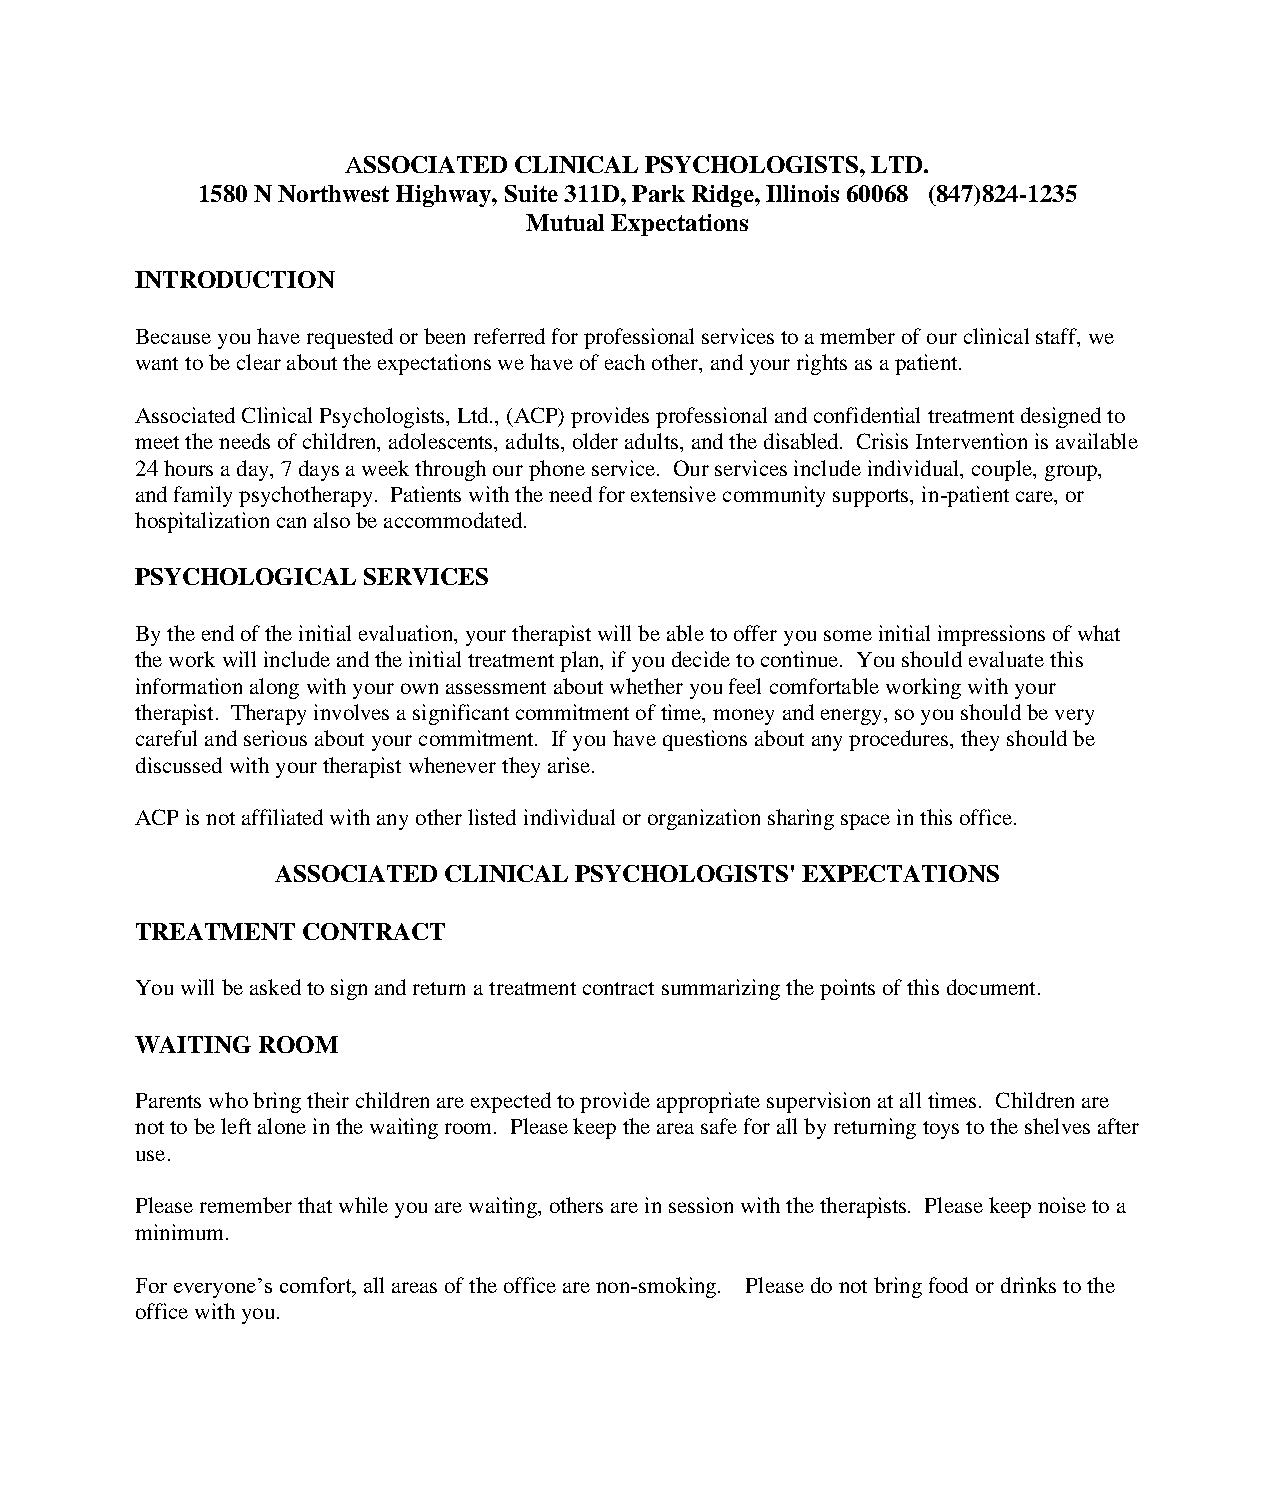
ASSOCIATED CLINICAL PSYCHOLOGISTS, LTD.
 1580 N Northwest Highway, Suite 311D, Park Ridge, Illinois 60068 (847)824-1235
 Mutual Expectations
 INTRODUCTION
 Because you have requested or been referred for professional services to a member of our clinical staff, we
 want to be clear about the expectations we have of each other, and your rights as a patient.
 Associated Clinical Psychologists, Ltd., (ACP) provides professional and confidential treatment designed to
 meet the needs of children, adolescents, adults, older adults, and the disabled. Crisis Intervention is available
 24 hours a day, 7 days a week through our phone service. Our services include individual, couple, group,
 and family psychotherapy. Patients with the need for extensive community supports, in-patient care, or
 hospitalization can also be accommodated.
 PSYCHOLOGICAL  SERVICES
 By the end of the initial evaluation, your therapist will be able to offer you some initial impressions of what
 the work will include and the initial treatment plan, if you decide to continue. You should evaluate this
 information along with your own assessment about whether you feel comfortable working with your
 therapist. Therapy involves a significant commitment of time, money and energy, so you should be very
 careful and serious about your commitment. If you have questions about any procedures, they should be
 discussed with your therapist whenever they arise.
 ACP is not affiliated with any other listed individual or organization sharing space in this office.
 ASSOCIATED CLINICAL PSYCHOLOGISTS' EXPECTATIONS
 TREATMENT  CONTRACT
 You will be asked to sign and return a treatment contract summarizing the points of this document.
 WAITING ROOM
 Parents who bring their children are expected to provide appropriate supervision at all times. Children are
 not to be left alone in the waiting room. Please keep the area safe for all by returning toys to the shelves after
 use.
 Please remember that while you are waiting, others are in session with the therapists. Please keep noise to a
 minimum.
 For everyone’s comfort, all areas of the office are non-smoking. Please do not bring food or drinks to the
 office with you.